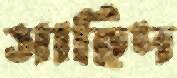
সাহিদ